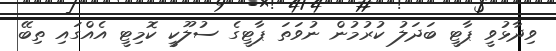
ވިދާޅުވީ ޕާޓީ ބަދަލު ކުރުމުން ނުވަތަ ޕާޓީގެ ސުލޫކީ ކޮމިޓީ އެއްްގައި ތިބޭ